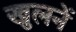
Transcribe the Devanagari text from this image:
खुलनें